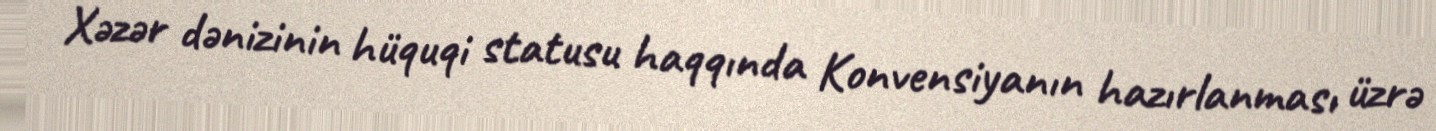
Xəzər dənizinin hüquqi statusu haqqında Konvensiyanın hazırlanması üzrə